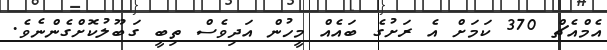
އެމްއެޗް 370 ކަމަށް އެ ރަށުގެ ބައެއް މީހުން އަދިވެސް ތިބީ ގަބޫލުކޮށްގެންނެވެ.